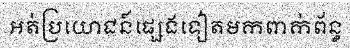
អត់ប្រយោជន៍ផ្សេងទៀតមកពាក់ព័ន្ធ